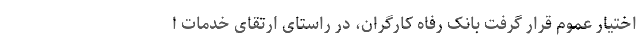
اختیار عموم قرار گرفت بانک رفاه کارگران، در راستای ارتقای خدمات ا